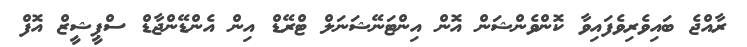
ރާއްޖެ ބައިވެރިވެފައިވާ ކޮންވެންޝަން އޮން އިންޓަނޭޝަނަލް ޓްރޭޑް އިން އެންޑޭންޖާޑް ސްޕީޝީޒް އޮފް